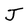
Character: J